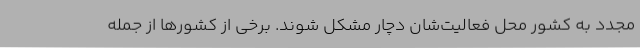
مجدد به کشور محل فعالیت‌شان دچار مشکل شوند. برخی از کشورها از جمله